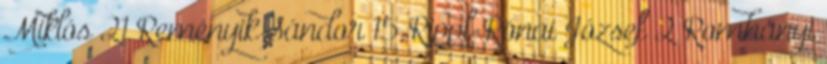
Miklós 21 Reményik Sándor 15 Rippl-Rónai József 2 Romhányi